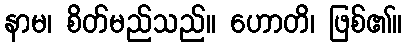
နာမ၊ စိတ်မည်သည်။ ဟောတိ၊ ဖြစ်၏။